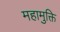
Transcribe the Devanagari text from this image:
महामुक्ति